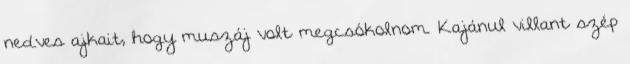
nedves ajkait, hogy muszáj volt megcsókolnom. Kajánul villant szép